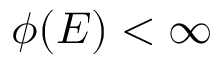
\phi ( E ) < \infty